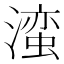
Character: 𬉁